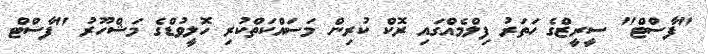
"ފާސްޓް" ސީރީޒްގެ ހަތަރު ފިލްމެއްގައި ރޮކް ކުރިން މަސައްކަތްކުރި ހޮލީވުޑްގެ މަޝްހޫރު "ފާސްޓް